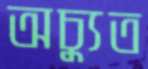
অচ্যুত